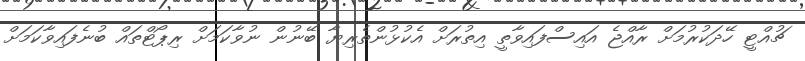
ޗުއްޓީ ހޭދަކުރުމަށް ރާއްޖެ އައިސްފައިވާތީ އިތުރަށް އެކުޅުންތެރިޔާ ބޭނުން ނުވާކަމަށް ރިޕޯޓްތައް ބުނެފައިވާކަމަށް